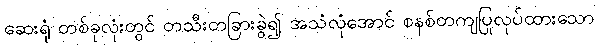
ဆေးရုံ တစ်ခုလုံးတွင် တသီးတခြားခွဲ၍ အသံလုံအောင် စနစ်တကျပြုလုပ်ထားသော